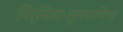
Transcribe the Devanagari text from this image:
निर्मिताःशूलपाणिना